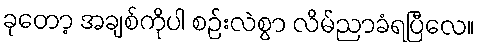
ခုတော့ အချစ်ကိုပါ စဉ်းလဲစွာ လိမ်ညာခံရပြီလေ။